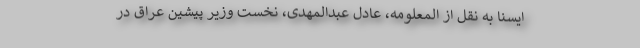
ایسنا به نقل از المعلومه، عادل عبدالمهدی، نخست وزیر پیشین عراق در